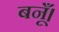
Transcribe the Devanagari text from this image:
बनूँ।